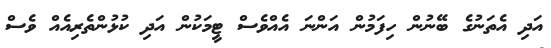
އަދި އެތަނުގެ ބޭނުން ހިފަމުން އަންނަ އެއްވެސް ޓީމަކުން އަދި ކުޅުންތެރިއެއް ވެސް